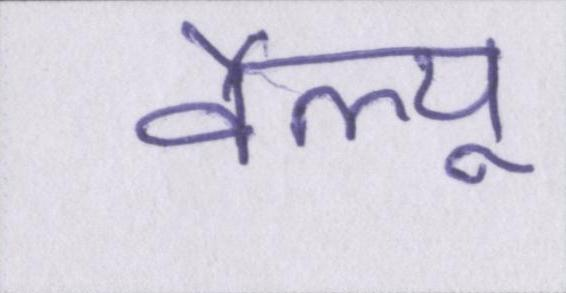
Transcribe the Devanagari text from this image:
वैल्यू